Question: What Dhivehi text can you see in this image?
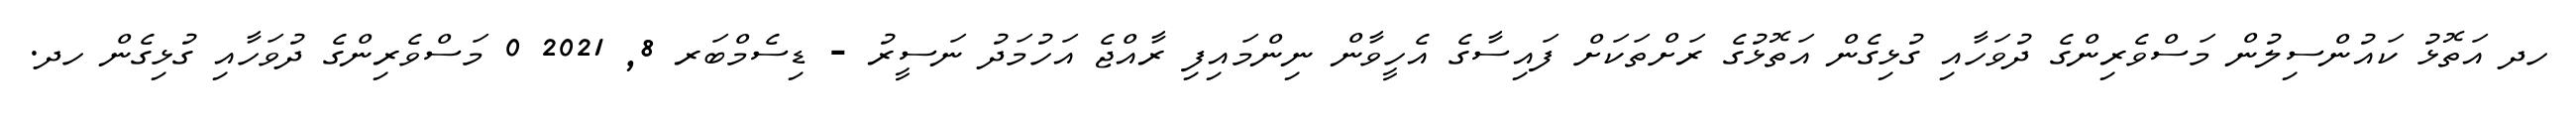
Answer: ހދ އަތޮޅު ކައުންސިލުން މަސްވެރިންގެ ދުވަހާއި ގުޅިގެން އަތޮޅުގެ ރަށްތަކަށް ފައިސާގެ އެހީވާން ނިންމައިފި ރާއްޖެ އަހުމަދު ނަސީރު - ޑިސެމްބަރ 8, 2021 0 މަސްވެރިންގެ ދުވަހާއި ގުޅިގެން ހދ.